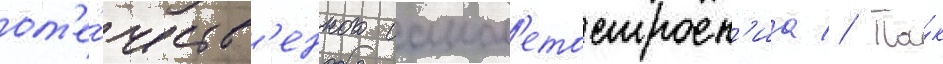
от'е́честв'енного самол'етостроен'иа // Та́к